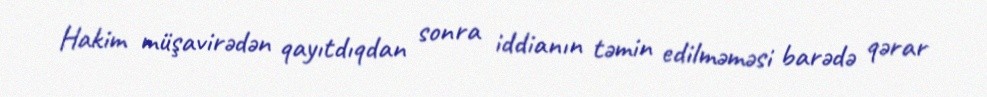
Hakim müşavirədən qayıtdıqdan sonra iddianın təmin edilməməsi barədə qərar